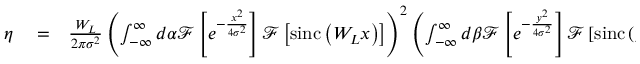
\begin{array} { r l r } { \eta } & { { } = } & { \frac { W _ { L } } { 2 \pi \sigma ^ { 2 } } \left( \int _ { - \infty } ^ { \infty } d \alpha \mathcal { F } \left[ e ^ { - \frac { x ^ { 2 } } { 4 \sigma ^ { 2 } } } \right] \mathcal { F } \left[ \mathrm { s i n c } \left( W _ { L } x \right) \right] \right) ^ { 2 } \left( \int _ { - \infty } ^ { \infty } d \beta \mathcal { F } \left[ e ^ { - \frac { y ^ { 2 } } { 4 \sigma ^ { 2 } } } \right] \mathcal { F } \left[ \mathrm { s i n c } \left( y \right) \right] \right) ^ { 2 } . } \end{array}